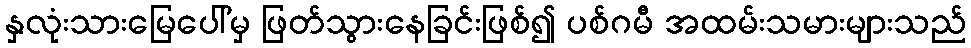
နှလုံးသားမြေပေါ်မှ ဖြတ်သွားနေခြင်းဖြစ်၍ ပစ်ဂမီ အထမ်းသမားများသည်